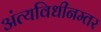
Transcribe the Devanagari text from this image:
अंत्यविधीनम्तर